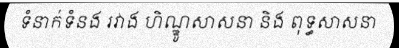
ទំនាក់ទំនង រវាង ហិណ្ឌូសាសនា និង ពុទ្ធសាសនា